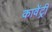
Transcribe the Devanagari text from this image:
कावेंट्री